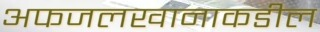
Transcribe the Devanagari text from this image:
अफजलखानाकडील